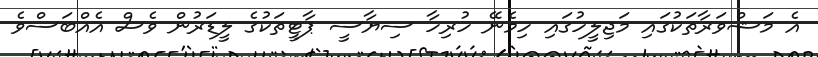
އެ މަޝްވަރާތަކުގައި މަޖިލީހުގައި ހިމެނޭ ހުރިހާ ސިޔާސީ ޕާޓީތަކުގެ ލީޑަރުން ވެސް އެއްބަސްވެ